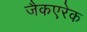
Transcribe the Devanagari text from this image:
जैकएरेक